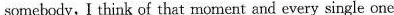
somebody, I think cf that moment and every single one